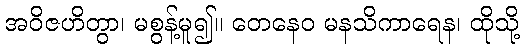
အဝိဇဟိတွာ၊ မစွန့်မူ၍။ တေနေဝ မနသိကာရေန၊ ထိုသို့